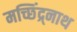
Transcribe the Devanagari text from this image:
मच्छिंद्र्नाथ